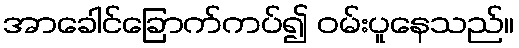
အာခေါင်ခြောက်ကပ်၍ ဝမ်းပူနေသည်။